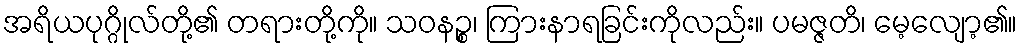
အရိယပုဂ္ဂိုလ်တို့၏ တရားတို့ကို။ သဝနဉ္စ၊ ကြားနာရခြင်းကိုလည်း။ ပမဇ္ဇတိ၊ မေ့လျော့၏။